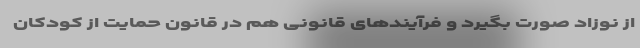
از نوزاد صورت بگیرد و فرآیندهای قانونی هم در قانون حمایت از کودکان